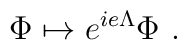
\Phi \mapsto e^{ie\Lambda} \Phi~.